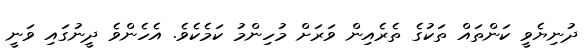
ދުނިޔެވީ ކަންތައް ތަކުގެ ތެރެއިން ވަރަށް މުހިންމު ކަމެކެވެ. އެހެންވެ ދީނުގައި ވަނީ